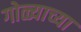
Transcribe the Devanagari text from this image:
गोळ्याच्या